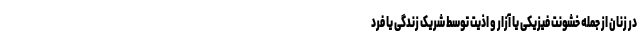
در زنان از جمله خشونت فیزیکی یا آزار و اذیت توسط شریک زندگی یا فرد